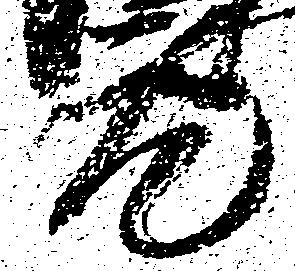
元